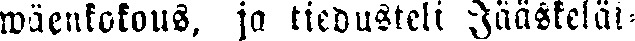
wäenkokous, ja tiedusteli Jääskeläi-